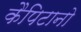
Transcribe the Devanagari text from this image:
कैपिटानो